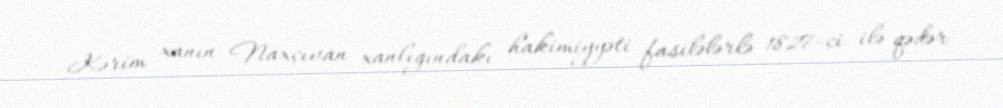
Kərim xanın Naxçıvan xanlığındakı hakimiyyəti fasilələrlə 1827-ci ilə qədər